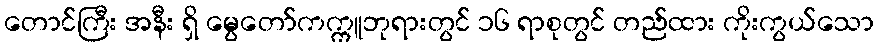
တောင်ကြီး အနီး ရှိ မွေတော်ကက္ကူဘုရားတွင် ၁၆ ရာစုတွင် တည်ထား ကိုးကွယ်သော